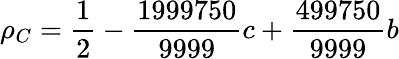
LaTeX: \rho_{C}=\frac{1}{2}-\frac{1999750}{9999}c+\frac{499750}{9999}b